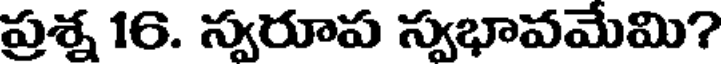
ప్రశ్న 16. స్వరూప స్వభావమేమి?